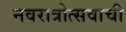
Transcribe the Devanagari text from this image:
नवरात्रोत्सवाची